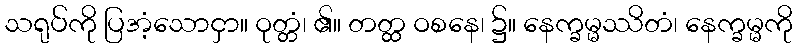
သရုပ်ကို ပြအံ့သောငှာ။ ဝုတ္တံ၊ ၏။ တတ္ထ ဝစနေ၊ ၌။ နေက္ခမ္မဿိတံ၊ နေက္ခမ္မကို